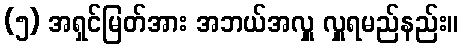
(၅) အရှင်မြတ်အား အဘယ်အလှူ လှူရမည်နည်း။